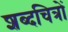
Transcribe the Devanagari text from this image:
शब्दचित्रों